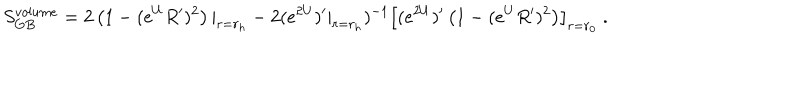
LaTeX: S _ { G B } ^ { v o l u m e } = 2 \left( 1 - ( e ^ { U } R ^ { \prime } ) ^ { 2 } \right) | _ { r = r _ { h } } - 2 ( e ^ { 2 U } ) ^ { \prime } | _ { r = r _ { h } } ) ^ { - 1 } \left[ ( e ^ { 2 U } ) ^ { \prime } \left( 1 - ( e ^ { U } R ^ { \prime } ) ^ { 2 } \right) \right] _ { r = r _ { 0 } } \ .